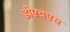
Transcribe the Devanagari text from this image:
डीएचएस